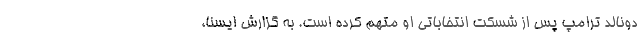
دونالد ترامپ‌ پس از شسکت انتخاباتی او متهم کرده است. به گزارش ایسنا،